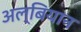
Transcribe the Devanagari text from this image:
अल्बियान